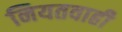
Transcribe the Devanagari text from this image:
नियतवाही